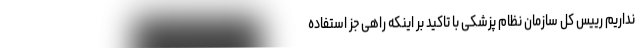
نداریم رییس کل سازمان نظام پزشکی با تاکید بر اینکه راهی جز استفاده